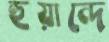
হুয়ান্দে